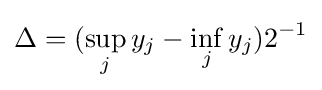
\Delta =(\sup _{j}y_{j}-\inf _{j}y_{j})2^{-1}